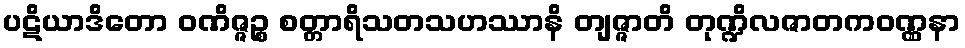
ပဋိယာဒိတော ဝဏိဇ္ဇဉ္စ စတ္တာရိသတသဟဿာနိ တျဇ္ဇာတိ တုဏ္ဍိလဇာတကဝဏ္ဏနာ